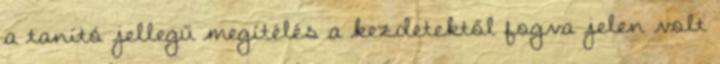
a tanító jellegű megítélés a kezdetektől fogva jelen volt